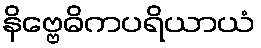
နိဗ္ဗေဓိကပရိယာယံ